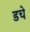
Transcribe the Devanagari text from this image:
डचे